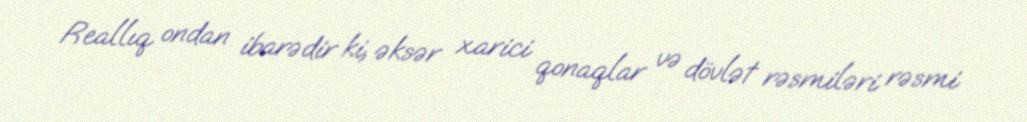
Reallıq ondan ibarədir ki, əksər xarici qonaqlar və dövlət rəsmiləri rəsmi